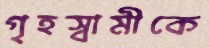
গৃহস্বামীকে